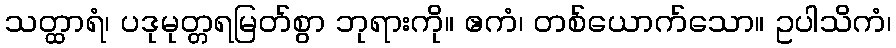
သတ္ထာရံ၊ ပဒုမုတ္တရမြတ်စွာ ဘုရားကို။ ဧကံ၊ တစ်ယောက်သော။ ဥပါသိကံ၊